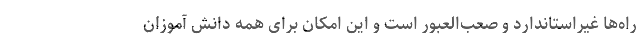
راه‌ها غیراستاندارد و صعب‌العبور است و این امکان برای همه دانش آموزان